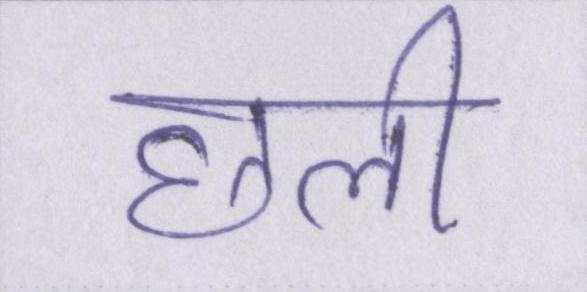
छली